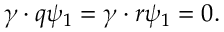
\gamma \cdot q \psi _ { 1 } = \gamma \cdot r \psi _ { 1 } = 0 .